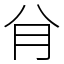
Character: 䏌